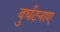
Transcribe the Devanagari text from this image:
दुर्घटनाए